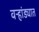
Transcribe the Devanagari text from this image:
वऱ्हांड्यात